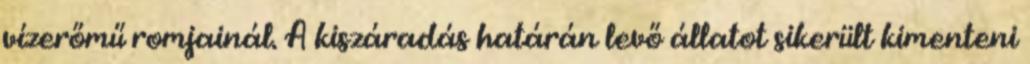
vízerőmű romjainál. A kiszáradás határán levő állatot sikerült kimenteni